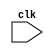
// Prashant Kumar (210750)

module pro_alu(clk);
 
input clk;

reg [31:0] PC; //programme counter
reg [31:0] IR;//fetched Instruction 
reg [31:0] A; //source register 1(IR[25:21])-->used in 32 bits
reg [31:0] B; //source register 2(IR[20:16])-->used in 32 bits
reg [31:0] Imm; //Immediate value(IR[15:0])--->used in 32 bits

//instructions are divided into 'type' classes:
// RR_ALU(Register to register operation)
// RM_ALU(register to memory operation)
// LOAD, STORE, BRANCH, HALT
reg [2:0] type; 

reg [31:0] ALUOut; //output by ALU for each instruction
reg cond; //'condition check' for 'BRANCH' type instruction
reg [31:0] LMD; //loading memory data for 'LOAD' type instructions
reg [31:0] Reg [0:31]; // Register bank (32 x 32)
reg [31:0] Mem [0:511]; // Memory 512 x 32 
  


  //defining parameters for opcodes of instructions
  parameter ADD=6'b000000,
            SUB=6'b000001,
            AND=6'b000010,
            OR=6'b000011,
            SLT=6'b000100,
            MUL=6'b000101,
            HLT=6'b111111,
            LW=6'b001000,
            SW=6'b001001,
            ADDI=6'b001010,
            SUBI=6'b001011,
            SLTI=6'b001100,
            BNE=6'b001101,
            BEQ=6'b001110;

//defining parameters for 'types' 
parameter RR_ALU=3'b000,
          RM_ALU=3'b001,
          LOAD=3'b010,
          STORE=3'b011,
          BRANCH=3'b100,
          HALT=3'b101;

reg HALTED;       
reg TAKEN_BRANCH;

integer k;

//registers instantiation
initial
begin
for (k=0; k<32; k++)
Reg[k] = k;
end

//input store
initial
begin
  
  Mem[40] <= 32'd5;
  Mem[41] <= 32'd40;
  Mem[42] <= 32'd30;
  Mem[43] <= 32'd35;
  Mem[44] <= 32'd55;
  Mem[45] <= 32'd12;
  Mem[46] <= 32'd60;
  Mem[47] <= 32'd43;
  Mem[48] <= 32'd33;
  Mem[49] <= 32'd100;

end

//instruction store
initial
begin

Mem[0] <= 32'b00101000000000010000000000101000; // ADDI r1,r0,40 //initial address 1111110110
Mem[1] <= 32'b00101000000000100000000000000000; // ADDI r2,r0,0 //counter for loop 1
Mem[2] <= 32'b00101000000000110000000000001001; // ADDI r3,r0,9 //no. of inputs
Mem[3] <= 32'b00101000000001000000000000000000; // ADDI r4,r0,0 //counter for loop 2
Mem[4] <= 32'b00000000001001000010100000000000; //ADD r5 ,r1, r4// LOOP COUNTER VARIAB
Mem[5] <= 32'b00100000101001100000000000000000; // LW R6,0(R5)
Mem[6] <= 32'b00100000101001110000000000000001; // LW R7,1(R5)
Mem[7] <= 32'b00010000110001110100000000000000; // slt r8,r6,r7
Mem[8] <= 32'b00110101000000000000000000000011; //bne r8,r0,3
Mem[9] <= 32'b00100100101001110000000000000000; //sw r7, 0(r5)
Mem[10] <= 32'b00100100101001100000000000000001; //sw r6,1(r5)
Mem[11] <= 32'b00101000100001000000000000000001; //addi r4, r4,1
Mem[12] <= 32'b00000100011000100100100000000000; //sub r9,r3,r2
Mem[13] <= 32'b00110100100010011111111111110111; //bne r4,r9,-9
Mem[14] <= 32'b00101000010000100000000000000001; //addi r2,r2,1
Mem[15] <= 32'b00101000000001000000000000000000; //addi r4,r0,0
Mem[16] <= 32'b00110100010000111111111111110100; //bne r2,r3 -12

HALTED = 0;
PC = 0;
TAKEN_BRANCH = 0;

end

always @(posedge clk) 
begin
    
if(HALTED==0)
begin


#2
TAKEN_BRANCH = #2 0;

//fetching instruction
IR = #2 Mem[PC];

//assigning values to A,B and Imm
A = #2 Reg[IR[25:21]];
B = #2 Reg[IR[20:16]];
Imm = #2 {{16{IR[15]}}, {IR[15:0]}};


//giving a 'type' to instruction
case (IR[31:26])
ADD,SUB,AND,OR,SLT,MUL: type = #2 RR_ALU;
ADDI,SUBI,SLTI: type = #2 RM_ALU;
LW: type = #2 LOAD;
SW: type = #2 STORE;
BNE,BEQ: type = #2 BRANCH;
HLT: type = #2 HALT;
endcase

//ALU 
case (type)
RR_ALU: //register to register AL operations
begin
case (IR[31:26])
ADD: ALUOut = #2 A + B;
SUB: ALUOut = #2 A - B;
AND: ALUOut = #2 A & B;
OR: ALUOut = #2 A | B;
SLT: ALUOut = #2 A < B;
MUL: ALUOut = #2 A * B;
endcase
end

RM_ALU: //register to memory AL operations
begin
case (IR[31:26]) // "opcode"
ADDI: ALUOut = #2 A + $signed(Imm);
SUBI: ALUOut = #2 A - $signed(Imm);
SLTI: ALUOut = #2 A < $signed(Imm);
endcase
end

LOAD, STORE: ALUOut = #2 A + $signed(Imm);

BRANCH: 
begin
ALUOut = #2 PC + $signed(Imm);
cond = #2 (A == B); //condition for branching
end

endcase


if (((IR[31:26] == BEQ) && (cond == 1)) || ((IR[31:26] == BNE) && (cond == 0)))
//if current instruction is a 'BRANCH'type with cond = 1
begin

TAKEN_BRANCH = #2 1'b1;
PC = #2 ALUOut;
end

else

begin
// updating memory for 'STORE' type instruction
//Loading value in LMD for 'LOAD' type instruction
case (type)
LOAD: LMD = #2 Mem[ALUOut];
STORE: if (TAKEN_BRANCH == 0) 
Mem[ALUOut] = #2 B;
endcase

if(TAKEN_BRANCH==0)
begin
  //updating register values after execution of a instruction
case (type)
RR_ALU: Reg[IR[15:11]] = #2 ALUOut; // "rd"
RM_ALU: Reg[IR[20:16]] = #2 ALUOut; // "rt"
LOAD: Reg[IR[20:16]] = #2 LMD; // "rt"
HALT: HALTED = #2 1'b1;
endcase
end

PC = #2 PC + 1;

end

end
end
endmodule